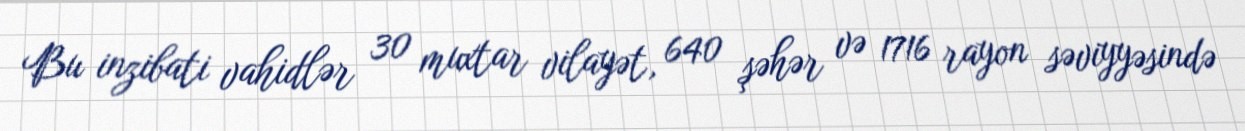
Bu inzibati vahidlər 30 muxtar vilayət, 640 şəhər və 1716 rayon səviyyəsində